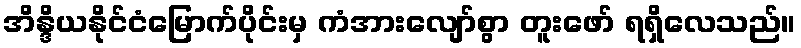
အိန္ဒိယနိုင်ငံမြောက်ပိုင်းမှ ကံအားလျော်စွာ တူးဖော် ရရှိလေသည်။